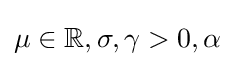
\mu \in \mathbb {R} ,\sigma ,\gamma >0,\alpha